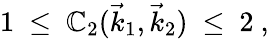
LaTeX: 1\ \leq\ \mathbb{C}_{2}(\vec{{k}}_{1},\vec{{k}}_{2})\ \leq\ 2\ ,